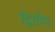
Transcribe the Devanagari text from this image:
द्वितीयः